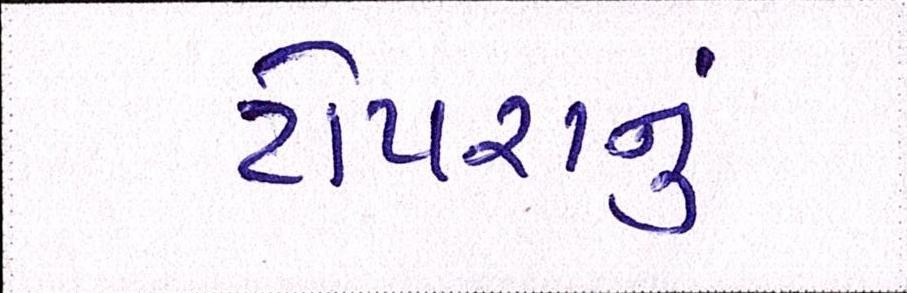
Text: ટોપરાનું